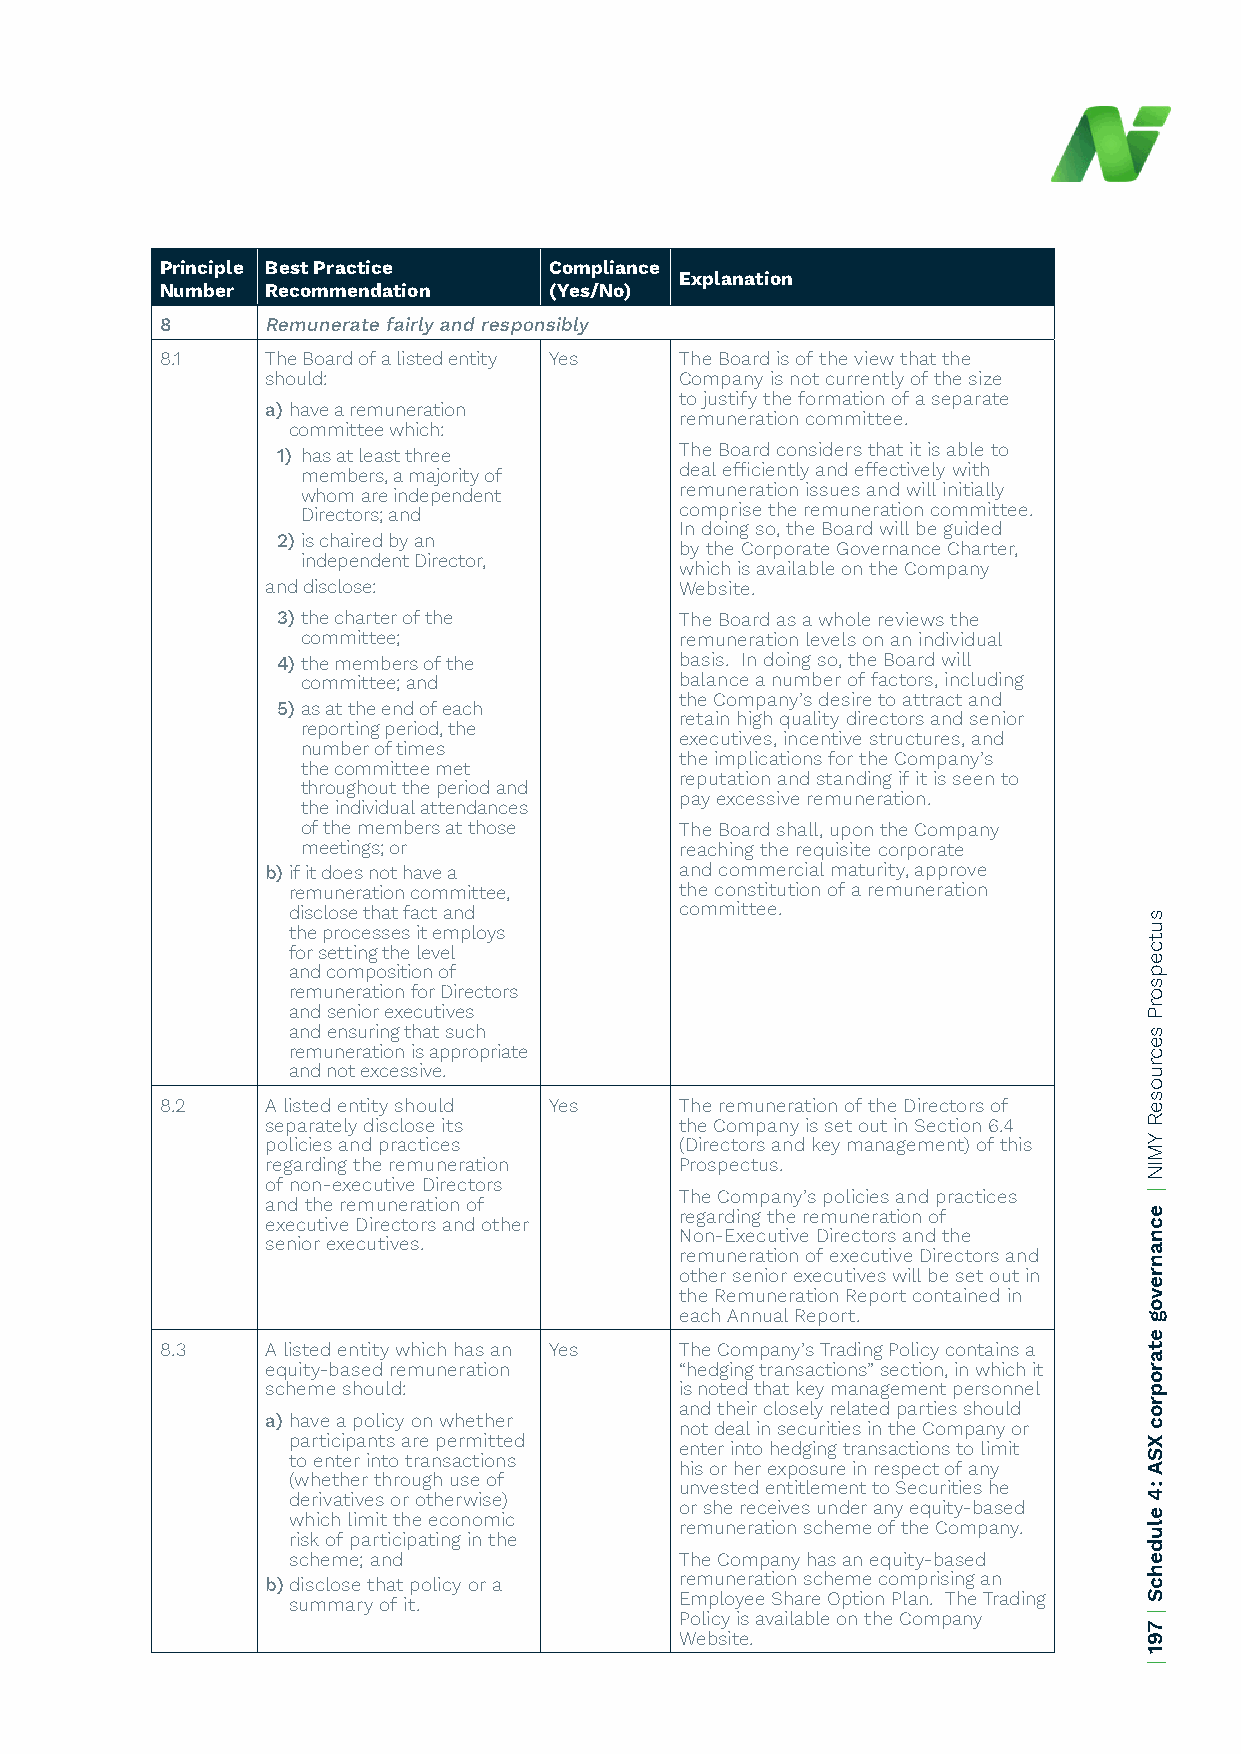
Principle Best Practice  Compliance
 Explanation
 Number Recommendation    (Yes/No)
 8     Remunerate fairly and responsibly
 8.1    The Board of a listed entity Yes The Board is of the view that the
 should:                    Company is not currently of the size
 to justify the formation of a separate
 a) have a remuneration
 remuneration committee.
 committee which:
 1) has at least three      The Board considers that it is able to
 members, a majority of   deal efficiently and effectively with
 whom are independent     remuneration issues and will initially
 Directors; and           comprise the remuneration committee.
 In doing so, the Board will be guided
 2) is chaired by an
 by the Corporate Governance Charter,
 independent Director,
 which is available on the Company
 and disclose:              Website.
 3) the charter of the      The Board as a whole reviews the
 committee;               remuneration levels on an individual
 4) the members of the      basis. In doing so, the Board will
 committee; and           balance a number of factors, including
 the Company’s desire to attract and
 5) as at the end of each
 retain high quality directors and senior
 reporting period, the
 executives, incentive structures, and
 number of times
 the implications for the Company’s
 the committee met
 reputation and standing if it is seen to
 throughout the period and
 pay excessive remuneration.
 the individual attendances
 of the members at those  The Board shall, upon the Company
 meetings; or             reaching the requisite corporate
 b) if it does not have a   and commercial maturity, approve
 remuneration committee,   the constitution of a remuneration
 disclose that fact and    committee.
 the processes it employs
 for setting the level
 and composition of
 remuneration for Directors
 and senior executives
 and ensuring that such
 remuneration is appropriate
 and not excessive.
 8.2    A listed entity should Yes The remuneration of the Directors of
 separately disclose its    the Company is set out in Section 6.4
 policies and practices     (Directors and key management) of this
 regarding the remuneration Prospectus.
 of non-executive Directors
 The Company’s policies and practices
 and the remuneration of
 regarding the remuneration of
 executive Directors and other
 Non-Executive Directors and the
 senior executives.
 remuneration of executive Directors and
 other senior executives will be set out in
 the Remuneration Report contained in
 each Annual Report.
 8.3    A listed entity which has an Yes The Company’s Trading Policy contains a
 equity-based remuneration  “hedging transactions” section, in which it
 scheme should:             is noted that key management personnel
 and their closely related parties should
 a) have a policy on whether
 not deal in securities in the Company or
 participants are permitted
 enter into hedging transactions to limit
 to enter into transactions
 his or her exposure in respect of any
 (whether through use of
 unvested entitlement to Securities he
 derivatives or otherwise)
 or she receives under any equity-based
 which limit the economic
 remuneration scheme of the Company.
 risk of participating in the
 scheme; and               The Company has an equity-based
 b) disclose that policy or a remuneration scheme comprising an
 summary of it.            Employee Share Option Plan. The Trading
 Policy is available on the Company
 Website.
 sutcepsorP
 secruoseR
 YMIN
 |
 ecnanrevog
 etaroproc
 XSA
 :4
 eludehcS
 |
 791
 |